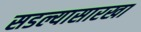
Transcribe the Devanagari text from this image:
सडल्यासारखा